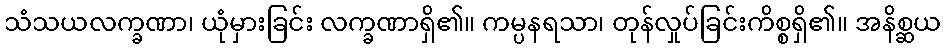
သံသယလက္ခဏာ၊ ယုံမှားခြင်း လက္ခဏာရှိ၏။ ကမ္ပနရသာ၊ တုန်လှုပ်ခြင်းကိစ္စရှိ၏။ အနိစ္ဆယ